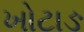
ખોટાઙ